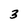
Character: 3